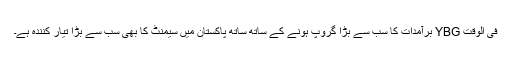
فی الوقت YBG برآمدات کا سب سے بڑا گروپ ہونے کے ساتھ ساتھ پاکستان میں سیمنٹ کا بھی سب سے بڑا تیار کنندہ ہے۔